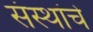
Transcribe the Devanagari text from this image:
संंस्थांचे